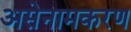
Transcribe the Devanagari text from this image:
असेनामकरण